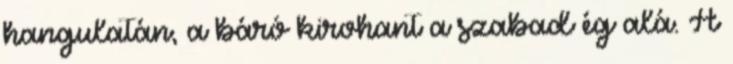
hangulatán, a báró kirohant a szabad ég alá. A